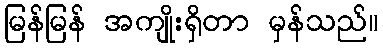
မြန်မြန် အကျိုးရှိတာ မှန်သည်။